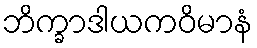
ဘိက္ခာဒါယကဝိမာနံ